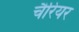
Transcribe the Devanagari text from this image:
चैरियर